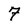
Character: 7